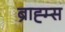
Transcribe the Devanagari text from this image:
ब्राह्म्स